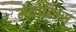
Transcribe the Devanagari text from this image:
मेथोदिउस